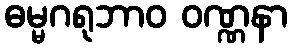
ဓမ္မဂရုဘာဝ ဝဏ္ဏနာ